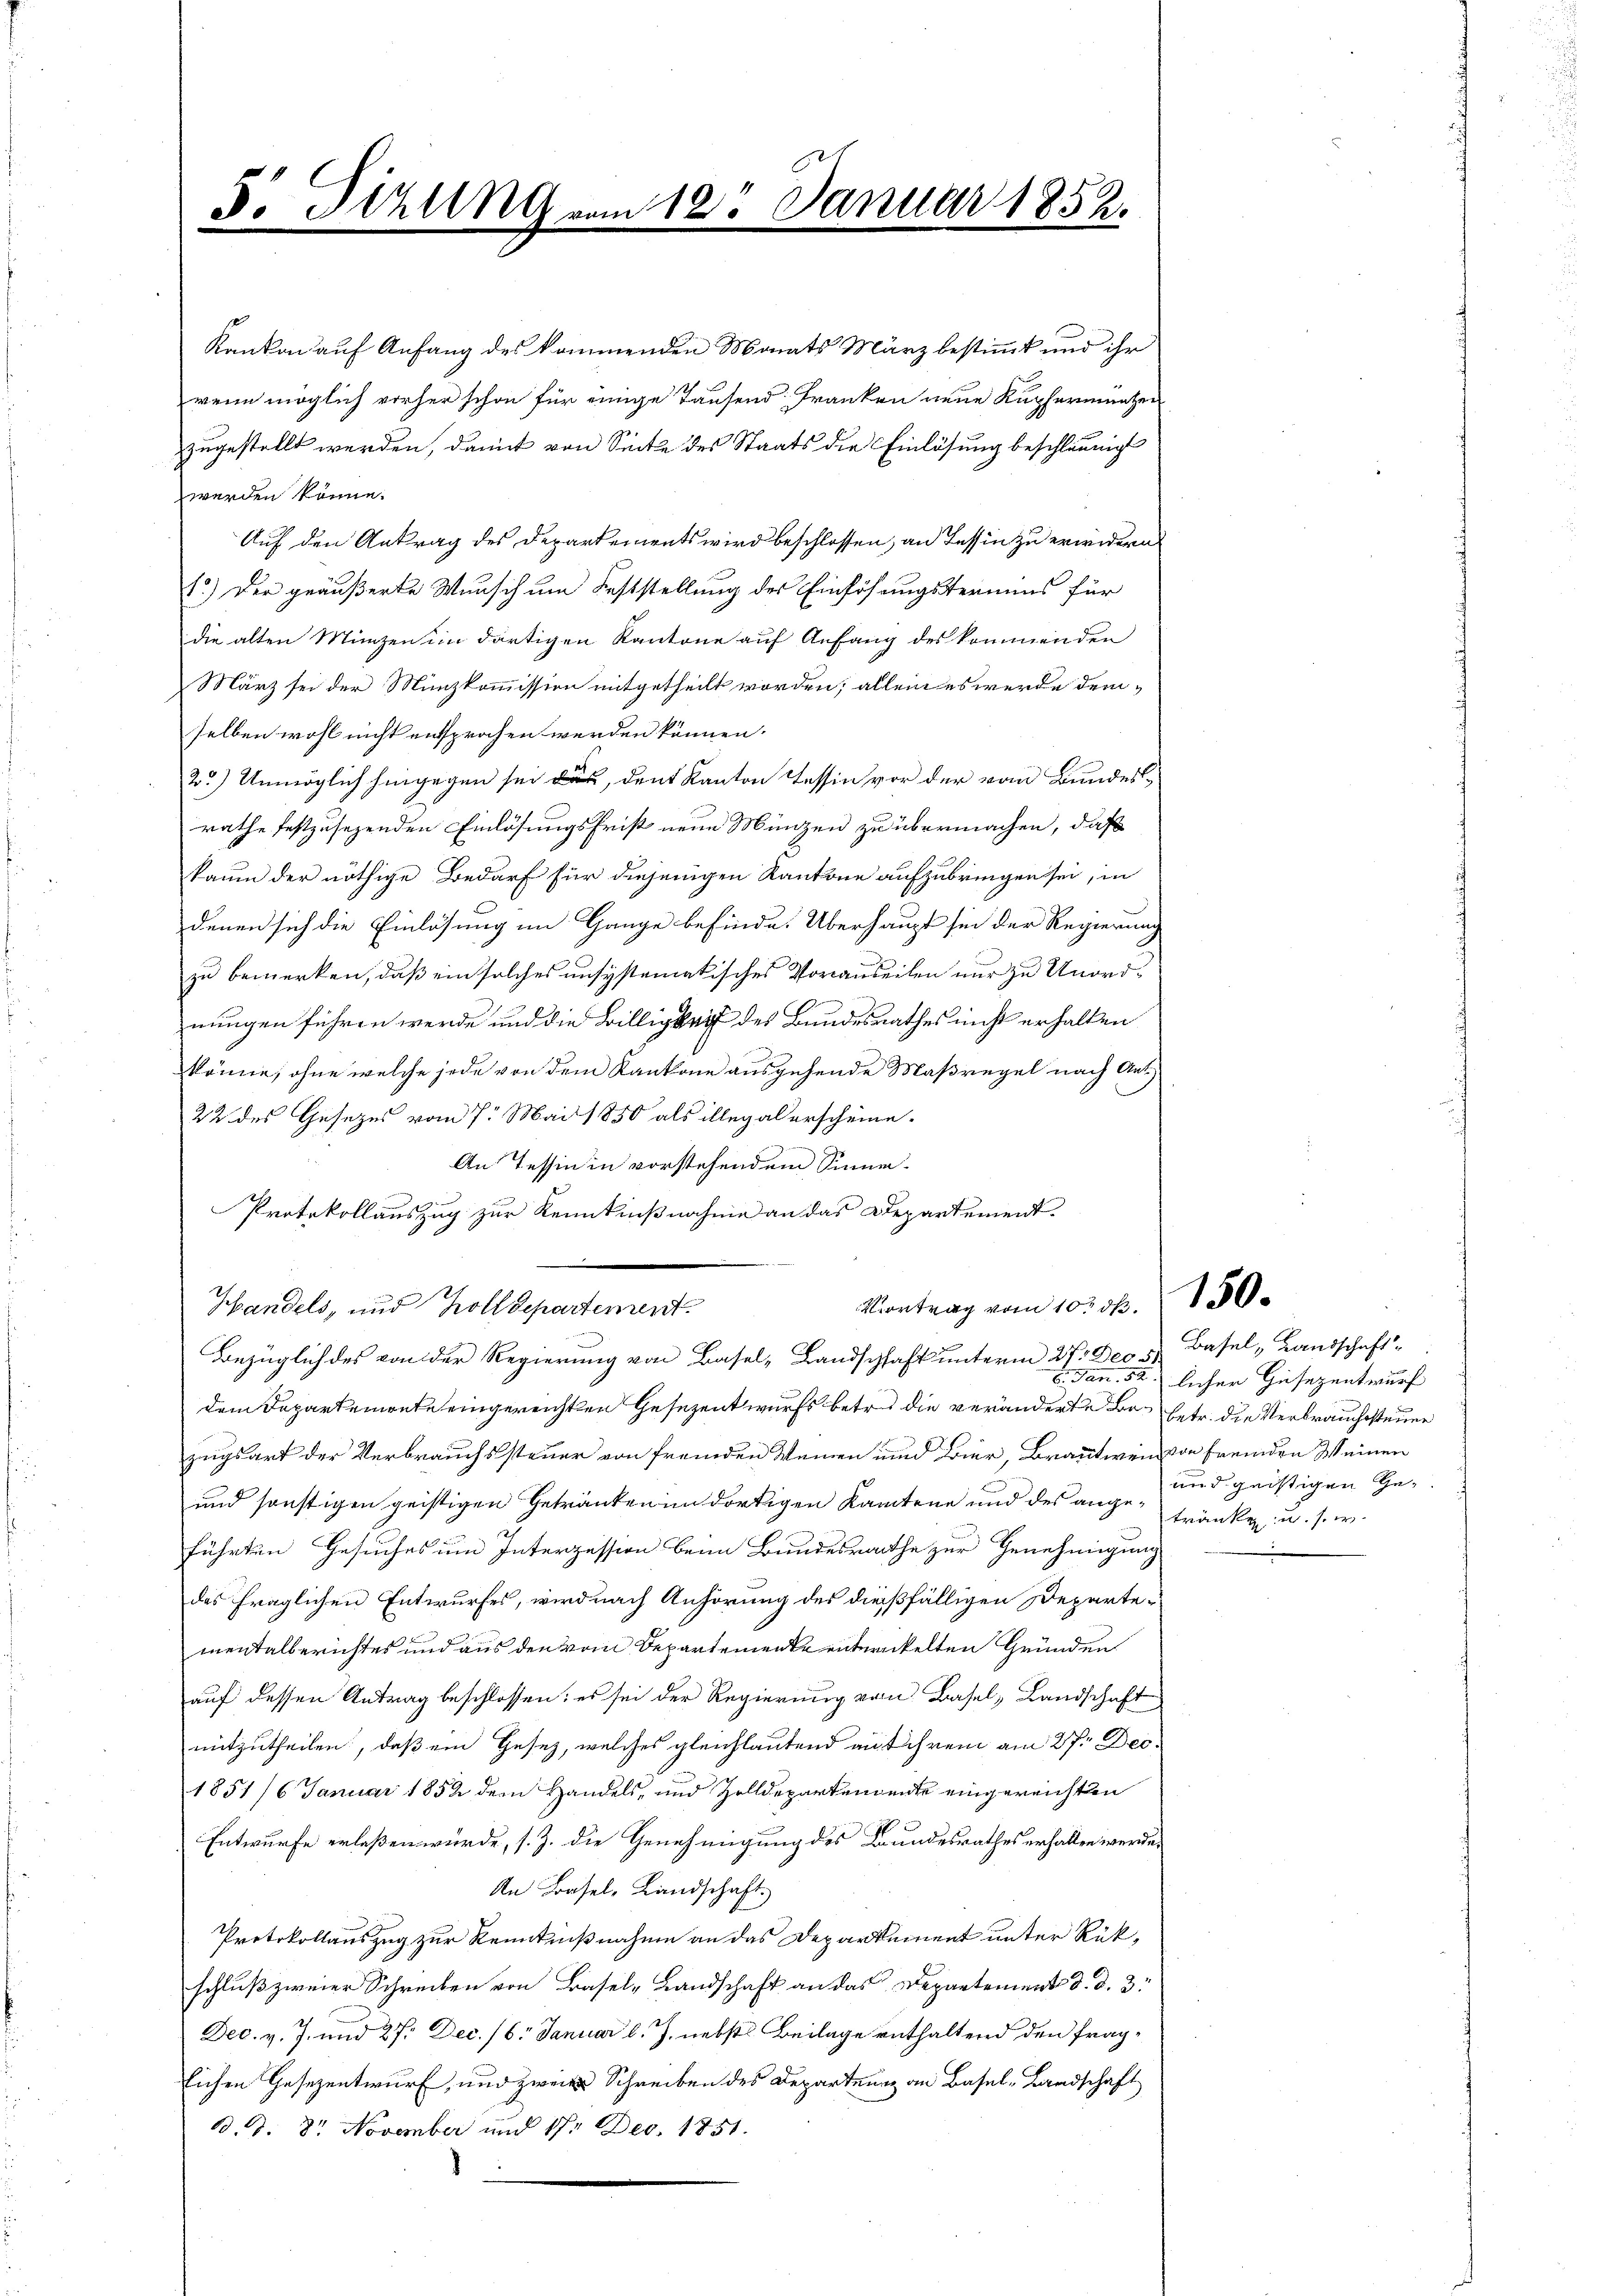
S. Tizung vom 18. Januar 1852.

Kanton auf Anfang des kommenden Monats März bestimmt und ihr
wenn möglich vorher schon für einige Taufend Franken neue Kupfermänzen
zugestellt werden, damit von Secke des Staats die Einlösung beschleunigt
werden könne.
Auf den Antrag des Departements wird beschlossen, an Tessin zu erwidern
1.) Der geäußerte Wunsch um Feststellung des Einföhungstermins für
die alten Münzen im dortigen Kantone auf Anfang des kommenden
März sei der Münzkommission mitgetheilt worden; allein es werde demselben wohl nicht entsprochen werden können.
2) Unmöglich hingegen sei es, den Kanton Tessin vor der vom Bundesrathe festzusehenden Einlösungsfrist neue Münzen zu übermachen, daß
kaum der nöthige Bedarf für diejenigen Kantone aufzubringen sei, in
denen sich die Einlösung im Gange befinde. Überhaupt sie der Regierung
zu bemerken, daß ein solches unsystematisches Vorauseilen nur zu Unordnungen führen werde und die Billigkeit des Bundesrathes nicht erhalten
könne, ohne welche jede von dem Kantone ausgehende Maßregel nach Ant¬
22 des Gesezes vom 7. Mai 1850 als illegal erscheine.
An Tessin in vorstehendem Sinne¬
Protokollauszug zur Kenntnißnahme an das Departement.
Vortrag vom 10t d.
Handels, und Zolldepartement
Bezüglich des von der Regierung von Basel-Landschaft unterm 27. Dec. v. Basel, Landschaftdem Departemente eingereichten Gesezentwurfs betr. die veränderte Be- betr. die Verbrauchssteuer
zugsart der Verbrauchssteuer von fremden Weinen und Bier, Brautwen von fremden Weinen
und sonstigen geistigen Getränken im dortigen Kantone und des ange-fränken u. s. w.
führten Gesuches um Interzession beim Bundesrathe zur Genehmigung
das fraglichen Entwurfes, wird nach Anhörung des dießfälligen Departementalberichtes und aus den vom Departemente entwickelten Gründen
auf dessen Antrag beschlossen: es sei der Regierung von Basel-Landschaft
mitzutheilen, daß ein Gesetz, welches gleichlautend auf ihrem am 27. Dec.
1851/6 Januar 1852 dem Handels- und Zolldepartendente eingereichten
Entwurfe erlaßen würde, s. Z. die Genehmigung des Bundesrathes erhalten werde,
An Basel, Landschaft.
Protokollauszug zur Kenntnißnahme an das Departement unter Rükschluß zweier Schreiben von Basel-Landschaft an das Departement d. d. 3.
Dec. v. J. und 27. Dec. 16. Januar l. J. nebst Beilage enthaltend den fraglichen Gesezentwurf, und zweite Schreiben des Departenn an Basel-Landschaft
B. d. 8. November und 17. Dec. 1851.

150.

. Jan. 52. licher Gesezentwurf
und geistigen Ge¬